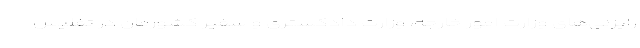
رایزنی‌های وزارت امور خارجه، وزارت دادگستری و سفیر کشورمان در تفلیس